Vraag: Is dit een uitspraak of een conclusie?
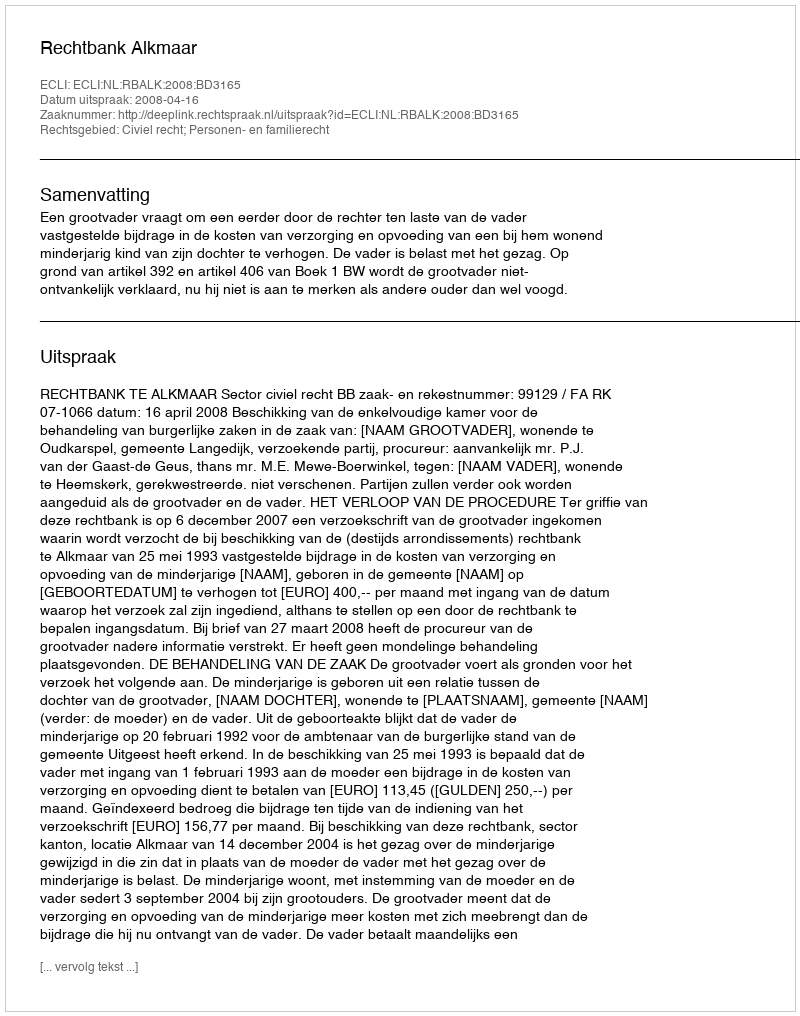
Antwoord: Uitspraak